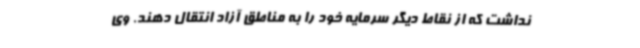
نداشت که از نقاط دیگر سرمایه خود را به مناطق آزاد انتقال دهند. وی